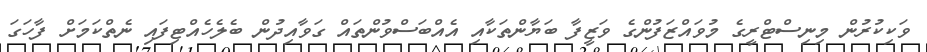
ވަކިކުރުން މިނިސްޓްރީގެ މުވައްޒަފުންގެ ވަޒީފާ ބަޔާންތަކާއި އެއްބަސްވުންތައް ގަވާއިދުން ބެލެހެއްޓިފައި ނެތްކަމަށް ފާހަގަ